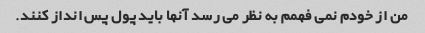
من از خودم نمی فهمم به نظر می رسد آنها باید پول پس انداز کنند.